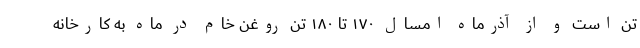
تن است و از آذرماه امسال ۱۷۰ تا ۱۸۰ تن روغن خام در ماه به کارخانه